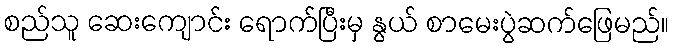
စည်သူ ဆေးကျောင်း ရောက်ပြီးမှ နွယ် စာမေးပွဲဆက်ဖြေမည်။